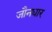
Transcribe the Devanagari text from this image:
जौनधार